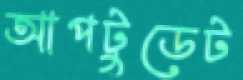
আপটুডেট